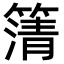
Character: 𮆆